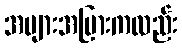
အများအပြားကလည်း